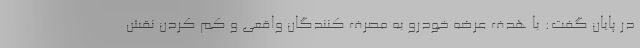
در پایان گفت: با هدف عرضه خودرو به مصرف کنندگان واقعی و کم کردن نقش